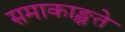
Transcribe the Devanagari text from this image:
समाकाङ्क्षते